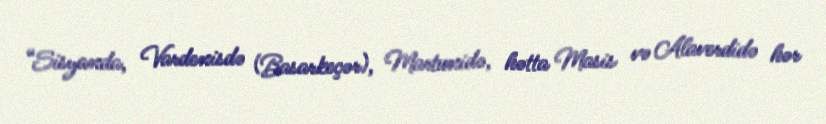
“Sisyanda, Vardenisdə (Basarkeçər), Martunidə, hətta Masis və Alaverdidə hər